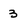
Character: 3